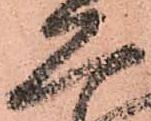
恐